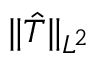
\Vert \hat { T } \Vert _ { L ^ { 2 } }